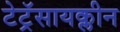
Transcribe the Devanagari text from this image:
टेट्रॅसायक्लीन